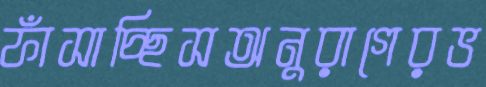
ফাঁসাচ্ছিসঅনুরাগেরভ